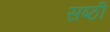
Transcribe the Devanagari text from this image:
सष्ठी